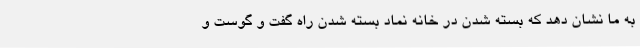
به ما نشان دهد که بسته شدن درِ خانه نماد بسته شدن راه گفت و گوست و